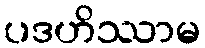
ပဒဟိဿာမ